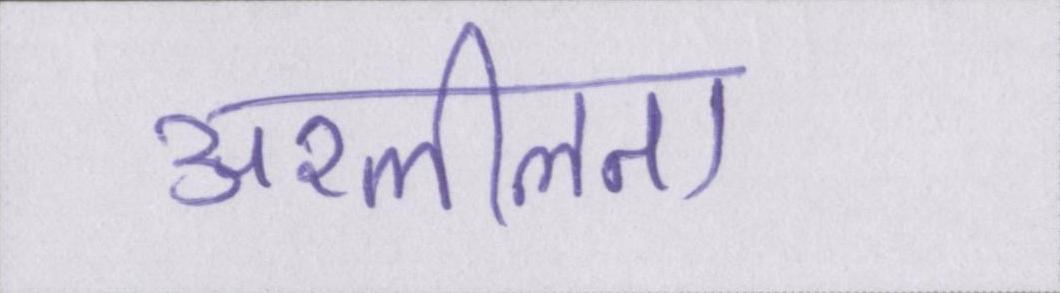
अश्लीलता